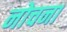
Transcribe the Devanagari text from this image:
नोचना